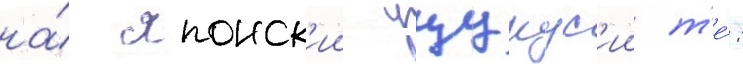
на́ японск'ии уцукус'ии т'е́: